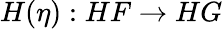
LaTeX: H(\eta):HF\to HG